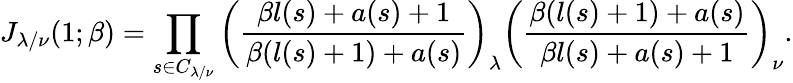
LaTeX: J_{\lambda/\nu}(1;\beta)=\prod_{s\in C_{\lambda/\nu}}\left(\frac{\beta l(s)+a(s)+1}{\beta(l(s)+1)+a(s)}\right)_{\lambda}\left(\frac{\beta(l(s)+1)+a(s)}{\beta l(s)+a(s)+1}\right)_{\nu}.